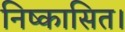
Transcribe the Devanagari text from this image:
निष्कासित।